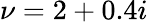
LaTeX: \nu=2+0.4i